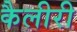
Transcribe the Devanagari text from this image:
कैलीरी